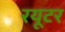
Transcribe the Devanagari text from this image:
रयूटर